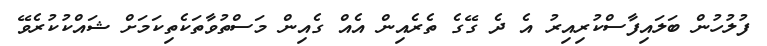
ފުލުހުން ބަލައިފާސްކުރިއިރު އެ ދެ ގޭގެ ތެރެއިން އެއް ގެއިން މަސްތުވާތަކެތިކަމަށް ޝައްކުކުރެވޭ